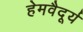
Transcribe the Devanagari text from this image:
हेमवैदूर्य